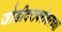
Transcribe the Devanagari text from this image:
जोडीदराबरोबरच्या